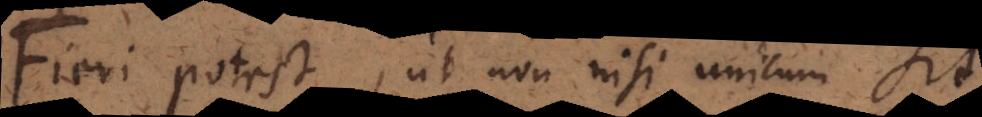
Fieri potest, ut non nisi unicum sit